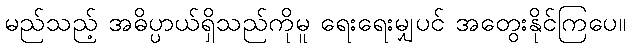
မည်သည့် အဓိပ္ပာယ်ရှိသည်ကိုမူ ရေးရေးမျှပင် အတွေးနိုင်ကြပေ။